Veterinary regulations India, 1939 -
Year: 1939
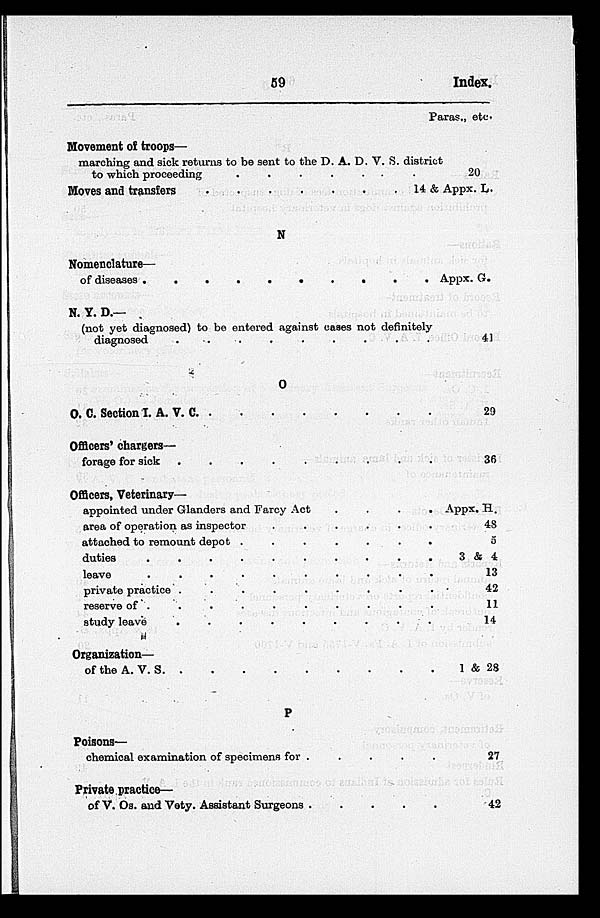
59
Index.
Movement of troops—
marching and sick returns to be sent to the D. A. D. V. S. district
to which proceeding
.
.
.
.
. .
. .
Moves and transfers
.
.
.
.
.
.
.
.
N
Nomenclature—
of diseases
.
.
.
.
.
.
.
.
N. Y. D.—
(not yet diagnosed) to be entered against cases not definitely
diagnosed . . . . .
O
O. C. Section I. A. V. C
.
.
.
.
.
.
.
.
Officers' chargers—
forage for sick . . . . .
Officers, Veterinary—
appointed under Glanders and Farcy Act
.
.
.
.
area of operation as inspector
.
.
.
.
.
.
attached to remount depot .
.
.
.
.
.
.
duties
.
.
.
.
.
.
.
.
.
.
leave
.
.
.
.
.
.
.
.
.
.
private practice .
.
.
.
.
.
.
.
.
reserve of .
.
.
.
.
.
.
.
.
study leave
.
.
.
.
.
.
.
.
.
Organization—
of the A. V. S
.
.
.
.
.
.
.
.
P
Poisons—
chemical examination of specimens for .
.
.
.
.
Private practice—
of V. Os. and Vety. Assistant Surgeons .
.
.
.
.
Paras., etc.
20
14 & Appx. L.
Appx. G.
41
29
36
Appx. H.
48
5
3 & 4
13
42
11
14
1 & 28
27
42